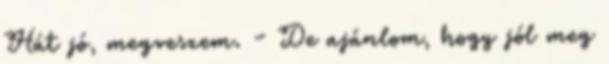
Hát jó, megveszem. - De ajánlom, hogy jól meg